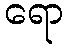
ရော